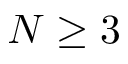
N \geq 3